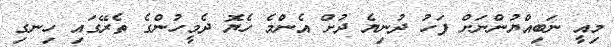
މިއީ ނަބިއްޔުންނަށް ފަހު ދުނިޔެ ދުށް އެންމެ ހެޔޮ ދެމީހުންގެ ތެރޭގައި ހިނގި